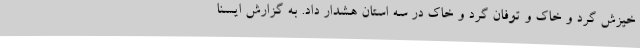
خیزش گرد و خاک و توفان گرد و خاک در سه استان هشدار داد. به گزارش ایسنا